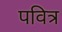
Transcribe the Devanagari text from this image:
पवित्र